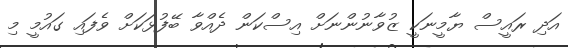
އަދިި ރައީސް ޔާމީނަކީ ޒުވާނުންނަށް އިސްކަން ދެއްވާ ބޭފުޅަކަށް ވެފައި ގައުމީ މި